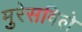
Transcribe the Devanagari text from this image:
मुरेसविले